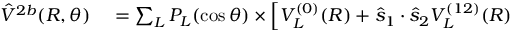
\begin{array} { r l } { \hat { V } ^ { 2 b } ( R , \theta ) } & { { } = \sum _ { L } P _ { L } ( \cos \theta ) \times \Big [ V _ { L } ^ { ( 0 ) } ( R ) + \hat { s } _ { 1 } \cdot \hat { s } _ { 2 } V _ { L } ^ { ( 1 2 ) } ( R ) } \end{array}